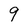
Character: 9